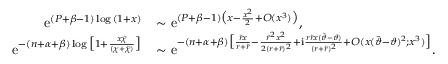
\begin{array} { r l } { \mathrm { e } ^ { ( P + \beta - 1 ) \log { ( 1 + x ) } } } & { \sim \mathrm { e } ^ { ( P + \beta - 1 ) \big ( x - \frac { x ^ { 2 } } { 2 } + O ( x ^ { 3 } ) \big ) } , } \\ { \mathrm { e } ^ { - ( n + \alpha + \beta ) \log { \big [ 1 + \frac { x \tilde { \chi } } { ( \chi + \tilde { \chi } ) } \big ] } } } & { \sim \mathrm { e } ^ { - ( n + \alpha + \beta ) \big [ \frac { \tilde { r } x } { r + \tilde { r } } - \frac { \tilde { r } ^ { 2 } x ^ { 2 } } { 2 ( r + \tilde { r } ) ^ { 2 } } + \mathrm { i } \frac { r \tilde { r } x ( \tilde { \vartheta } - \vartheta ) } { ( r + \tilde { r } ) ^ { 2 } } + O ( x ( \tilde { \vartheta } - \vartheta ) ^ { 2 } ; x ^ { 3 } ) \big ] } . } \end{array}